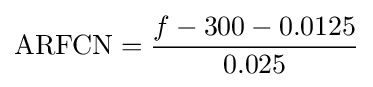
\mathrm {ARFCN} ={\frac {f-300-0.0125}{0.025}}